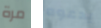
مرة يدعوه